Annual administration and progress report of the Indian Medical Department, Bombay
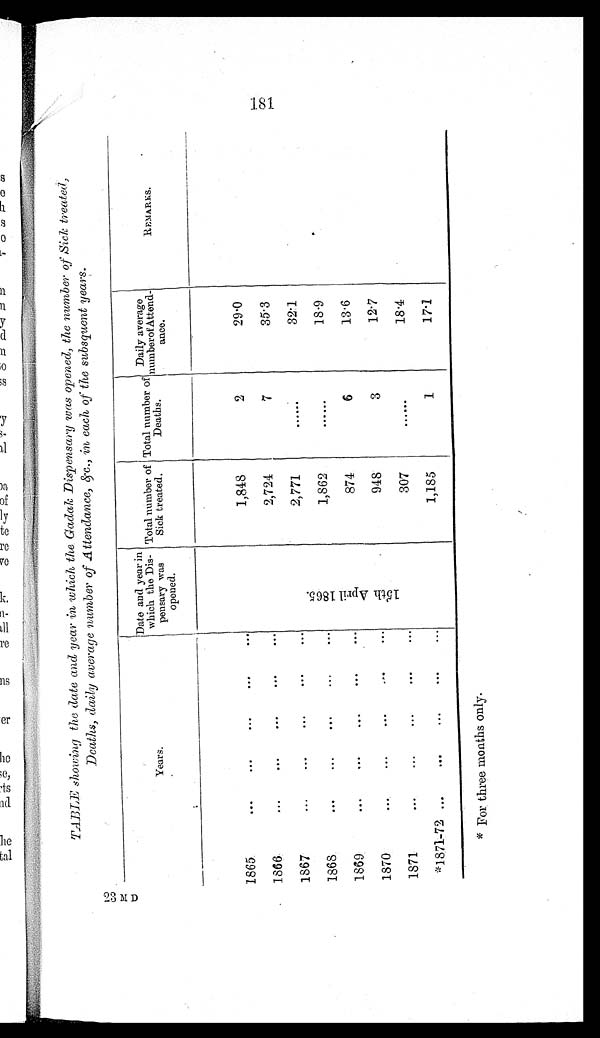
23 M D
TABLE showing the date and year in which the Gadak Dispensary was opened, the number of Sick treated,
Deaths, daily average number of Attendance, &c., in each of the subsquent years.
Years.
Date and year in
which the Dis-
pensary was
opened.
Total number of
Sick treated.
Total number of
Deaths.
Daily average
number of Attend-
ance.
REMARKS.
181
1865
. . .
. . .
. . .
. . .
. . .
1,848
2
29.0
1866
...
. . .
. . .
. . .
. . .
2,724
7
35.3
1867
. . .
. . .
...
...
...
1 5 t h A p r i l 1 8 6 5 .
2,771
......
32.1
1868
. . .
...
. . .
. . .
. . .
1,862
. . . . . .
18.9
1869
. . .
. . .
. . .
. . .
. . .
874
6
13.6
1870
...
...
...
. . .
. . .
948
3
12.7
1871
. . .
. . .
...
. . .
...
307
......
18.4
*1871-72 ...
. . .
...
. . .
...
1,185
1
17.1
* For three months only.